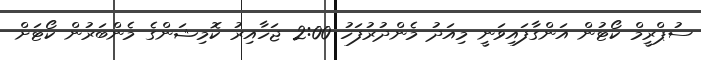
ސުޕްރީމް ކޯޓުން އަންގާފައިވަނީ މިއަދު މެންދުރުފަހު 2:00 ޖަހާއިރު ކޮމިޝަންގެ މެންބަރުން ކޯޓަށް